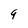
Character: 9